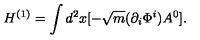
H ^ { ( 1 ) } = \int d ^ { 2 } x [ - \sqrt { m } ( \partial _ { i } \Phi ^ { i } ) A ^ { 0 } ] .